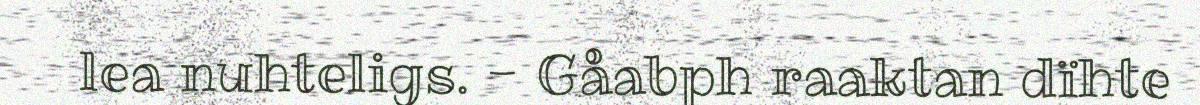
lea nuhteligs. - Gåabph raaktan dïhte